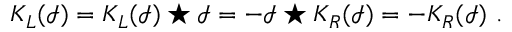
K _ { L } ( \mathcal { I } ) = K _ { L } ( \mathcal { I } ) \star \mathcal { I } = - \mathcal { I } \star K _ { R } ( \mathcal { I } ) = - K _ { R } ( \mathcal { I } ) \ .